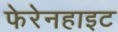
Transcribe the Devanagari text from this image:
फेरेनहाइट